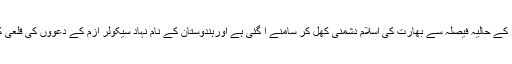
مودی سرکار کے حالیہ فیصلہ سے بھارت کی اسلام دشمنی کھل کر سامنے آ گئی ہے اورہندوستان کے نام نہاد سیکولر ازم کے دعووں کی قلعی کھل گئی ہے۔